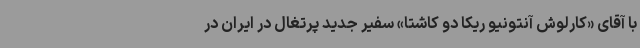
با آقای «کارلوش آنتونیو ریکا دو کاشتا» سفیر جدید پرتغال در ایران در